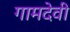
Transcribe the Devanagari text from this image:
गामदेवी